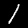
Label: 1